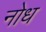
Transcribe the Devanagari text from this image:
नोध